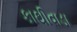
કાથીવાડા